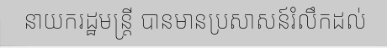
នាយករដ្ឋមន្ត្រី បានមានប្រសាសន៍រំលឹកដល់